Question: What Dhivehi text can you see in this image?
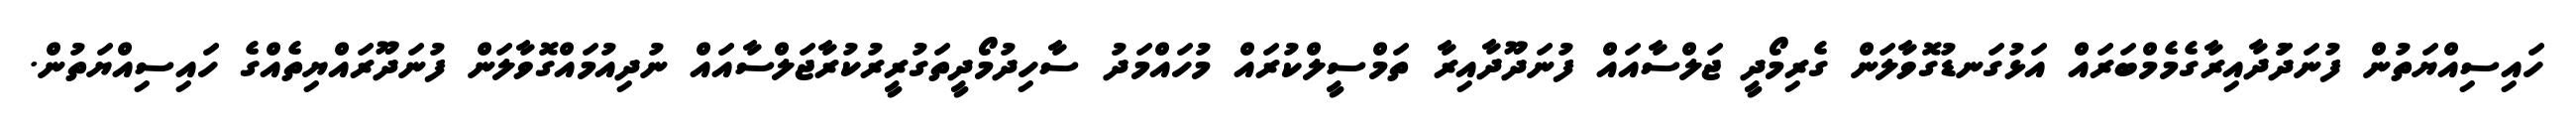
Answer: ހައިސިއްޔަތުން ފުނަދަުދާއިރާގެމެމްބަރައް އަޅުގަނޑުގޮވާލަން ގެރިމޯދީ ޖަލްސާއައް ފުނަދޫދާއިރާ ތަމްސީލްކުރައް މުހައްމަދު ސާހިދުމޯދީތަގުރީރުކުރާޖަލްސާއައް ނުދިއުމައްގޮވާލަން ފުނަދޫރައްޔިތެއްގެ ހައިސިއްޔަތުން.